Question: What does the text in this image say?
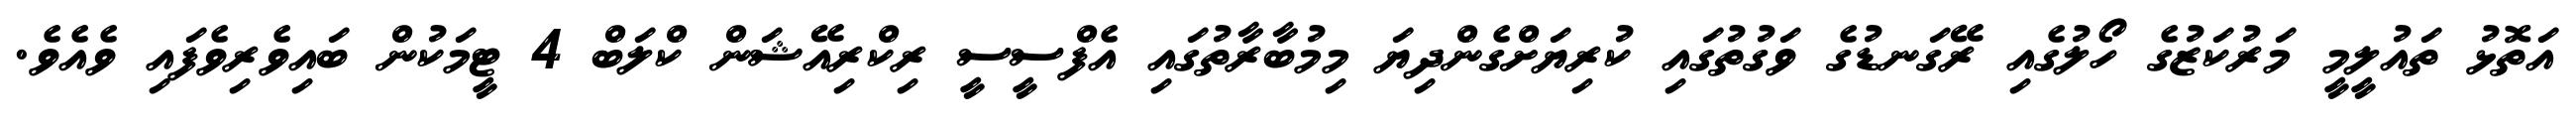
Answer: އަތޮޅު ތައުލީމީ މަރުކަޒުގެ ހޯލުގެއި ރޭގަނޑުގެ ވަގުތުގައި ކުރިޔަށްގެންދިޔަ މިމުބާރާތުގައި އެފްސީސީ ރިކްރިއޭޝަން ކްލަބް 4 ޓީމަކުން ބައިވެރިވެފައި ވެއެވެ.